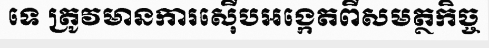
ទេ ត្រូវមានការស៊ើបអង្កេតពីសមត្ថកិច្ច